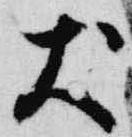
犬